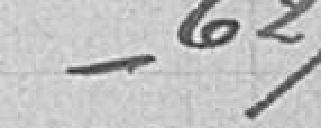
/ 627